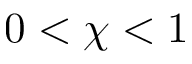
0 < \chi < 1